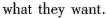
what they want.